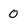
Character: 0